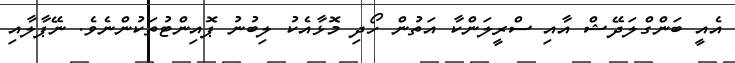
އެއީ ބަންގްލަދޭޝް އާއި ސްރީލަންކާ އަތުން ހޯދި މޮޅާއެކު ލިބުނު ޕޮއިންޓުތަކުންނެވެ. ނޭޕާލާއި